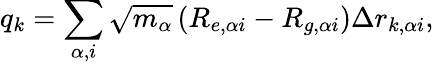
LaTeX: q_{k}=\sum_{\alpha,i}\sqrt{m_{\alpha}}\left(R_{e,\alpha i}-R_{g,\alpha i}\right)\Delta r_{k,\alpha i},